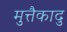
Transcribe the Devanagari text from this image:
मुत्तैकादु